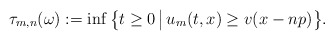
\begin{align*}\tau_{m,n}(\omega) := \inf \big\{ t\ge 0 \,\big|\, u_m(t,x)\ge v(x-np) \big\}.\end{align*}